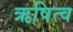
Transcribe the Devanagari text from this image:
ऋषित्व